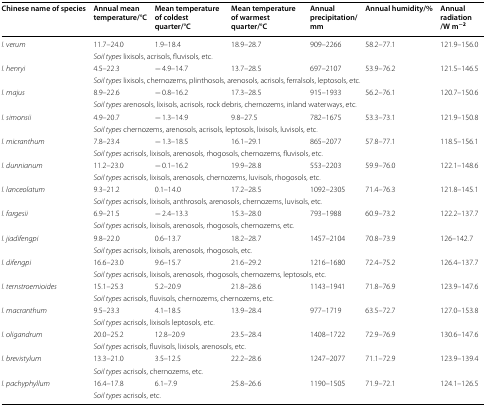
<table><thead><tr><td><b>Chinese name of species</b></td><td><b>Annual mean temperature/°C</b></td><td><b>Mean temperature of coldest quarter/°C</b></td><td><b>Mean temperature of warmest quarter/°C</b></td><td><b>Annual precipitation/mm</b></td><td><b>Annual humidity/%</b></td><td><b>Annual radiation /W m<sup>−2</sup></b></td></tr></thead><tbody><tr><td rowspan="2"><i>I. verum</i></td><td>11.7–24.0</td><td>1.9–18.4</td><td>18.9–28.7</td><td>909–2266</td><td>58.2–77.1</td><td>121.9–156.0</td></tr><tr><td colspan="6"><i>Soil types</i> lixisols, acrisols, fluvisols, etc.</td></tr><tr><td rowspan="2"><i>I. henryi</i></td><td>4.5–22.3</td><td>− 4.9–14.7</td><td>13.7–28.5</td><td>697–2107</td><td>53.9–76.2</td><td>121.5–146.5</td></tr><tr><td colspan="6"><i>Soil types</i> lixisols, chernozems, plinthosols, arenosols, acrisols, ferralsols, leptosols, etc.</td></tr><tr><td rowspan="2"><i>I. majus</i></td><td>8.9–22.6</td><td>− 0.8–16.2</td><td>17.3–28.5</td><td>915–1933</td><td>56.2–76.1</td><td>120.7–150.6</td></tr><tr><td colspan="6"><i>Soil types</i> arenosols, lixisols, acrisols, rock debris, chernozems, inland waterways, etc.</td></tr><tr><td rowspan="2"><i>I. simonsii</i></td><td>4.9–20.7</td><td>− 1.3–14.9</td><td>9.8–27.5</td><td>782–1675</td><td>53.3–73.1</td><td>121.9–150.8</td></tr><tr><td colspan="6"><i>Soil types</i> chernozems, arenosols, acrisols, leptosols, lixisols, luvisols, etc.</td></tr><tr><td rowspan="2"><i>I. micranthum</i></td><td>7.8–23.4</td><td>− 1.3–18.5</td><td>16.1–29.1</td><td>865–2077</td><td>57.8–77.1</td><td>118.5–156.1</td></tr><tr><td colspan="6"><i>Soil types</i> acrisols, lixisols, arenosols, rhogosols, chernozems, fluvisols, etc.</td></tr><tr><td rowspan="2"><i>I. dunnianum</i></td><td>11.2–23.0</td><td>− 0.1–16.2</td><td>19.9–28.8</td><td>553–2203</td><td>59.9–76.0</td><td>122.1–148.6</td></tr><tr><td colspan="6"><i>Soil types</i> acrisols, lixisols, arenosols, chernozems, luvisols, rhogosols, etc.</td></tr><tr><td rowspan="2"><i>I. lanceolatum</i></td><td>9.3–21.2</td><td>0.1–14.0</td><td>17.2–28.5</td><td>1092–2305</td><td>71.4–76.3</td><td>121.8–145.1</td></tr><tr><td colspan="6"><i>Soil types</i> acrisols, lixisols, anthrosols, arenosols, chernozems, luvisols, etc.</td></tr><tr><td rowspan="2"><i>I. fargesii</i></td><td>6.9–21.5</td><td>− 2.4–13.3</td><td>15.3–28.0</td><td>793–1988</td><td>60.9–73.2</td><td>122.2–137.7</td></tr><tr><td colspan="6"><i>Soil types</i> acrisols, lixisols, arenosols, rhogosols, chernozems, etc.</td></tr><tr><td rowspan="2"><i>I. jiadifengpi</i></td><td>9.8–22.0</td><td>0.6–13.7</td><td>18.2–28.7</td><td>1457–2104</td><td>70.8–73.9</td><td>126–142.7</td></tr><tr><td colspan="6"><i>Soil types</i> acrisols, lixisols, arenosols, rhogosols, etc.</td></tr><tr><td rowspan="2"><i>I. difengpi</i></td><td>16.6–23.0</td><td>9.6–15.7</td><td>21.6–29.2</td><td>1216–1680</td><td>72.4–75.2</td><td>126.4–137.7</td></tr><tr><td colspan="6"><i>Soil types</i> acrisols, lixisols, arenosols, rhogosols, chernozems, leptosols, etc.</td></tr><tr><td rowspan="2"><i>I. ternstroemioides</i></td><td>15.1–25.3</td><td>5.2–20.9</td><td>21.8–28.6</td><td>1143–1941</td><td>71.8–76.9</td><td>123.9–147.6</td></tr><tr><td colspan="6"><i>Soil types</i> acrisols, fluvisols, chernozems, chernozems, etc.</td></tr><tr><td rowspan="2"><i>I. macranthum</i></td><td>9.5–23.3</td><td>4.1–18.5</td><td>13.9–28.4</td><td>977–1719</td><td>63.5–72.7</td><td>127.0–153.8</td></tr><tr><td colspan="6"><i>Soil types</i> acrisols, lixisols leptosols, etc.</td></tr><tr><td rowspan="2"><i>I. oligandrum</i></td><td>20.0–25.2</td><td>12.8–20.9</td><td>23.5–28.4</td><td>1408–1722</td><td>72.9–76.9</td><td>130.6–147.6</td></tr><tr><td colspan="6"><i>Soil types</i> acrisols, fluvisols, lixisols, arenosols, etc.</td></tr><tr><td rowspan="2"><i>I. brevistylum</i></td><td>13.3–21.0</td><td>3.5–12.5</td><td>22.2–28.6</td><td>1247–2077</td><td>71.1–72.9</td><td>123.9–139.4</td></tr><tr><td colspan="6"><i>Soil types</i> acrisols, chernozems, etc.</td></tr><tr><td rowspan="2"><i>I. pachyphyllum</i></td><td>16.4–17.8</td><td>6.1–7.9</td><td>25.8–26.6</td><td>1190–1505</td><td>71.9–72.1</td><td>124.1–126.5</td></tr><tr><td colspan="6"><i>Soil types</i> acrisols, etc.</td></tr></tbody></table>